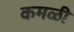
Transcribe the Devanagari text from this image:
कमळी